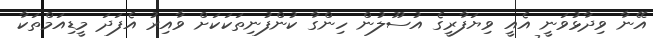
އޭނާ ވިދާޅުވަނީ އެއީ ވިޔަފާރީގެ އުސޫލުން ހިންގާ ކުންފުނިތަކަކަށް ވާއިރު އެފަދަ މީޑިއަމްތަކާ